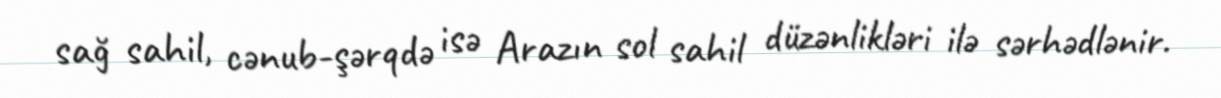
sağ sahil, cənub-şərqdə isə Arazın sol sahil düzənlikləri ilə sərhədlənir.